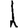
Digit: 1